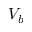
V _ { b }